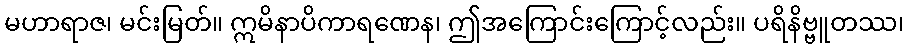
မဟာရာဇ၊ မင်းမြတ်။ ဣမိနာပိကာရဏေန၊ ဤအကြောင်းကြောင့်လည်း။ ပရိနိဗ္ဗူတဿ၊